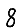
Digit: 8